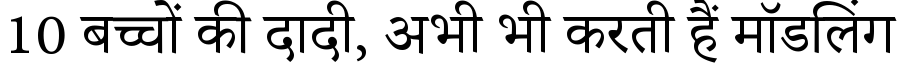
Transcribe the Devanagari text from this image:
10 बच्चों की दादी, अभी भी करती हैं मॉडलिंग